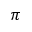
\pi